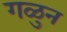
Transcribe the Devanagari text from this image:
गळुन